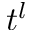
t ^ { l }